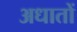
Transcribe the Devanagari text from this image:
अधातों